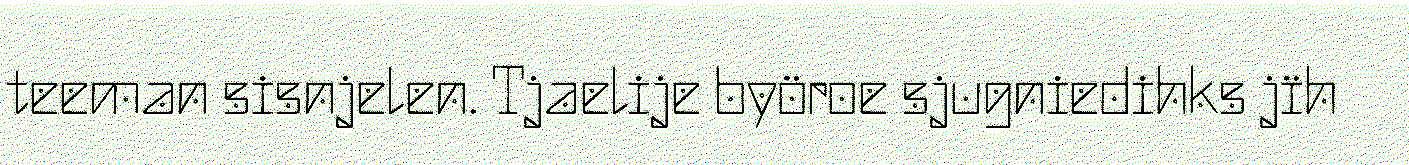
teeman sisnjelen. Tjaelije byöroe sjugniedihks jïh